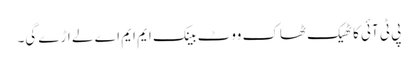
پی ٹی آئی کا ٹھیک ٹھاک ووٹ بینک ایم ایم اے لے اڑے گی۔